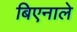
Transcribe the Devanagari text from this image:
बिएनाले